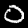
Digit: 0